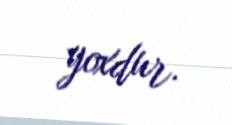
yoxdur.